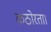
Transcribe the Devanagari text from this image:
कठोरता।